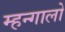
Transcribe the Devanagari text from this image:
म्हन्गालो